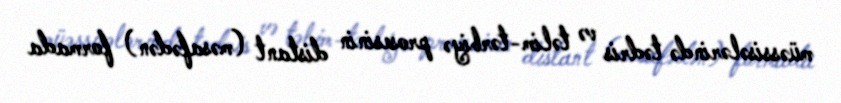
müəssisələrində tədris və təlim-tərbiyə prosesinin distant (məsafədən) formada